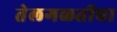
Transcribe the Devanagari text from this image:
तेलगळतीचा